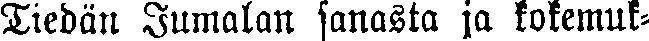
Tiedän Jumalan sanasta ja kokemuk-